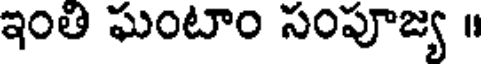
ఇంతి ఘంటాం సంపూజ్య ॥